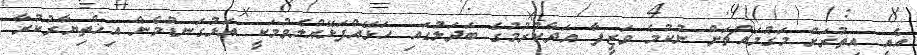
އެއީ އިތުރަށް މަގުމައްޗަށް ނުކުމެ ވަޒީފާ އަދާކުރުމުގެ ބަދަލުގައި ހަޅޭއްފަޅޭއްލެވުމަކީ އަޅުގަނޑުމެން އިޚްތިޔާރުކުރާ